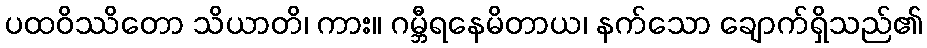
ပထဝိဿိတော သိယာတိ၊ ကား။ ဂမ္ဘီရနေမိတာယ၊ နက်သော ချောက်ရှိသည်၏